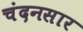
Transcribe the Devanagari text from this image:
चंदनसार